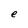
Character: e